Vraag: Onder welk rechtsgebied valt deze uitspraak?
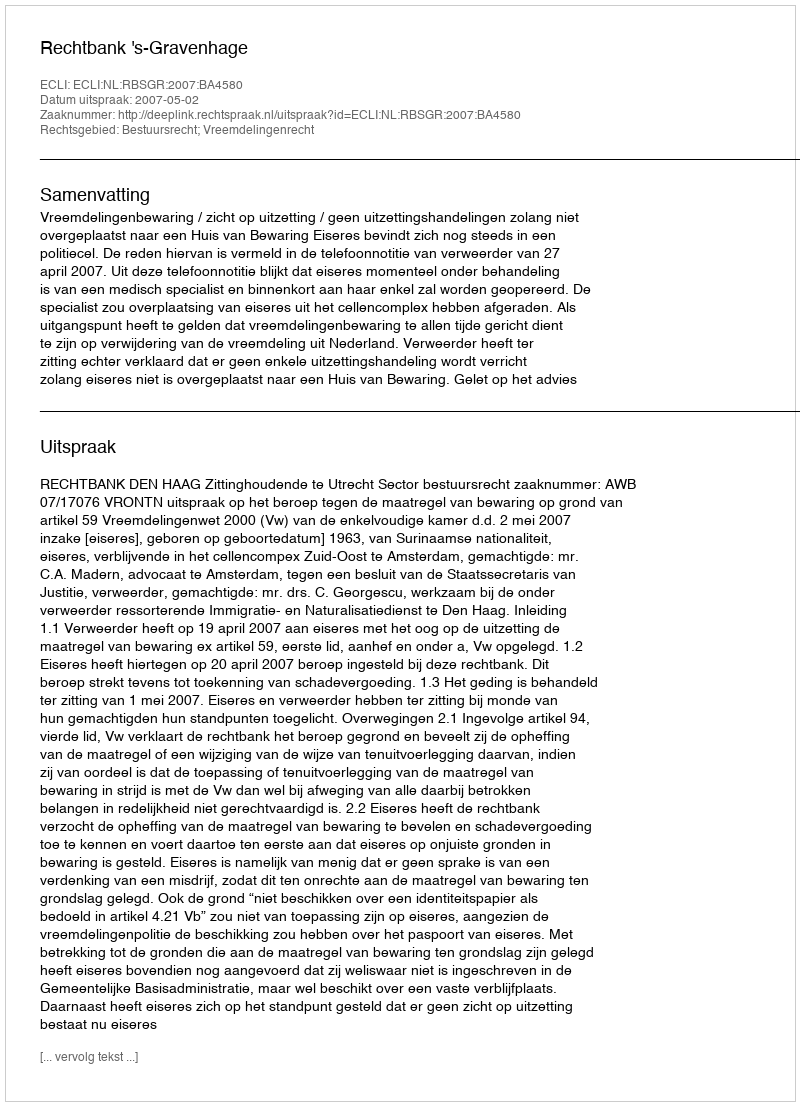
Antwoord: Bestuursrecht; Vreemdelingenrecht